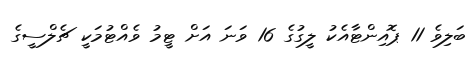
ބަލިވެ 11 ޕޮއިންޓާއެކު ލީގުގެ 16 ވަނަ އަށް ޓީމު ވެއްޓުމަކީ ޗެލްސީގެ